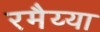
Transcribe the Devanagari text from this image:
रमैय्या